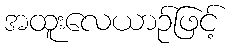
အထူးလေယာဉ်ဖြင့်